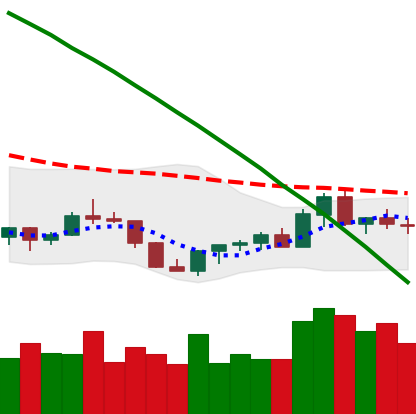
Ticker: XLM-USD
Chart end date: 2022-07-23
Forward return: 4.531%
Label: up_3_5